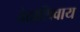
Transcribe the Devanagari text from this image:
वेदाशिवाय